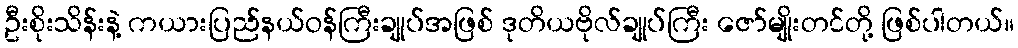
ဦးစိုးသိန်းနဲ့ ကယားပြည်နယ်ဝန်ကြီးချုပ်အဖြစ် ဒုတိယဗိုလ်ချုပ်ကြီး ဇော်မျိုးတင်တို့ ဖြစ်ပါတယ်။